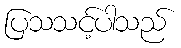
ပြသသင့်ပါသည်